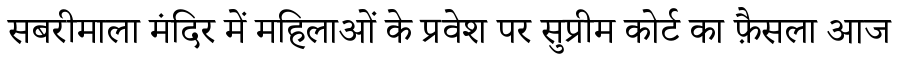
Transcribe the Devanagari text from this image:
सबरीमाला मंदिर में महिलाओं के प्रवेश पर सुप्रीम कोर्ट का फ़ैसला आज